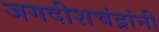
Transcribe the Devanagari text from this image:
जगदीशचंद्रांनी